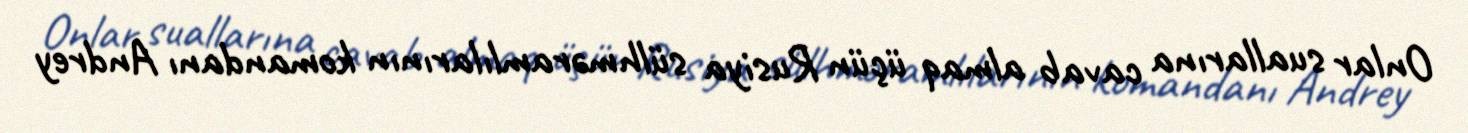
Onlar suallarına cavab almaq üçün Rusiya sülhməramlılarının komandanı Andrey